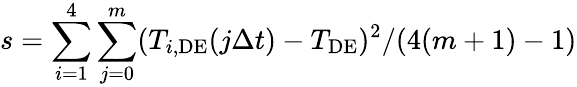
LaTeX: s=\sum_{i=1}^{4}\sum_{j=0}^{m}(T_{i,\mathrm{DE}}(j\Delta t)-T_{\mathrm{DE}})^{2}/(4(m+1)-1)